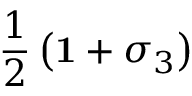
\frac { 1 } { 2 } \left( { \bf 1 } + \sigma _ { 3 } \right)